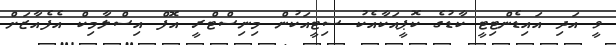
ވީ އަދި އައިޑެންޓިޓީ ކާޑުގެ ކޮޕީއަކާއެކު ސިޓީއަކުން މިނިސްޓްރީ އޮފް އިސްލާމިކް އެފެއާޒަށް